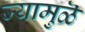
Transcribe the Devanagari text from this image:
ज्यामुळॆ